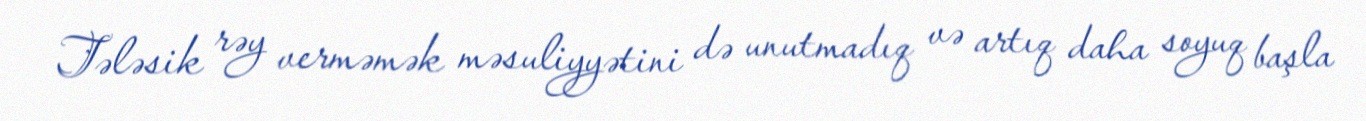
Tələsik rəy verməmək məsuliyyətini də unutmadıq və artıq daha soyuq başla